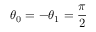
\theta _ { 0 } = - \theta _ { 1 } = \frac { \pi } { 2 }